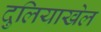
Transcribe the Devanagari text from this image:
दुलियाखेल